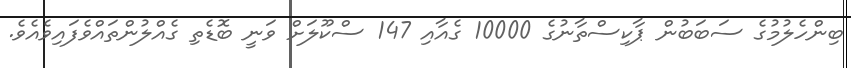
ބިންހެލުމުގެ ސަބަބުން ޕާކިސްތާނުގެ 10000 ގެއާއި 147 ސްކޫލަށް ވަނީ ބޮޑެތި ގެއްލުންތައްވެފައިވެއެވެ.